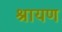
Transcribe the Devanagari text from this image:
श्रायण